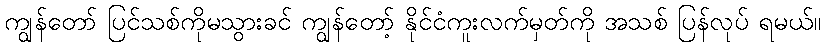
ကျွန်တော် ပြင်သစ်ကိုမသွားခင် ကျွန်တော့် နိုင်ငံကူးလက်မှတ်ကို အသစ် ပြန်လုပ် ရမယ်။